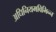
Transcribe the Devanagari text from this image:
अधिनियमविभिन्न